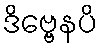
ဒိဗ္ဗေနပိ